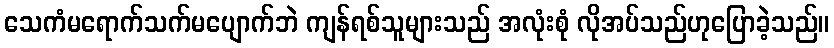
သေကံမရောက်သက်မပျောက်ဘဲ ကျန်ရစ်သူများသည် အလုံးစုံ လိုအပ်သည်ဟုပြောခဲ့သည်။